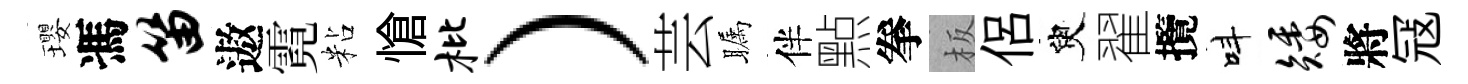
瓔馮笛遨霓粘愴枇）芸瞩伴㸃拳板侶臾翟攬呌矮將冦